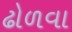
ઢોળવા